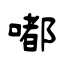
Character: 嘟